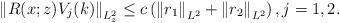
LaTeX: \begin{align*}\left\|R(x;z)V_{j}(k)\right\|_{L_z^{2}} \leq c\left(\left\|r_1\right\|_{L^{2}}+\left\|r_2\right\|_{L^{2}}\right),j=1,2.\end{align*}